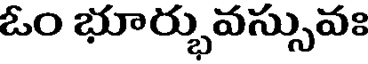
ఓం భూర్భువస్సువః